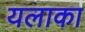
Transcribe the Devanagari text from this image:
यलाका